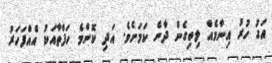
އަގު ހުރު އިނާމެއް ލިބިގެން ދާނެ ކަމަށެވެ. އަދި ކޮންމެ ހަފްތާއަކު އެއްފަހަރު